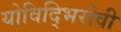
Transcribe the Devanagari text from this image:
योविद्भिरोवी